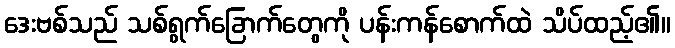
ဒေးဗစ်သည် သစ်ရွက်ခြောက်တွေကို ပန်းကန်စောက်ထဲ သိပ်ထည့်၏။